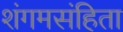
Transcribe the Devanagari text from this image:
शंगमसंहिता